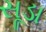
સૂડા